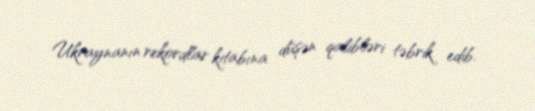
Ukraynanın rekordlar kitabına düşən qalibləri təbrik edib.